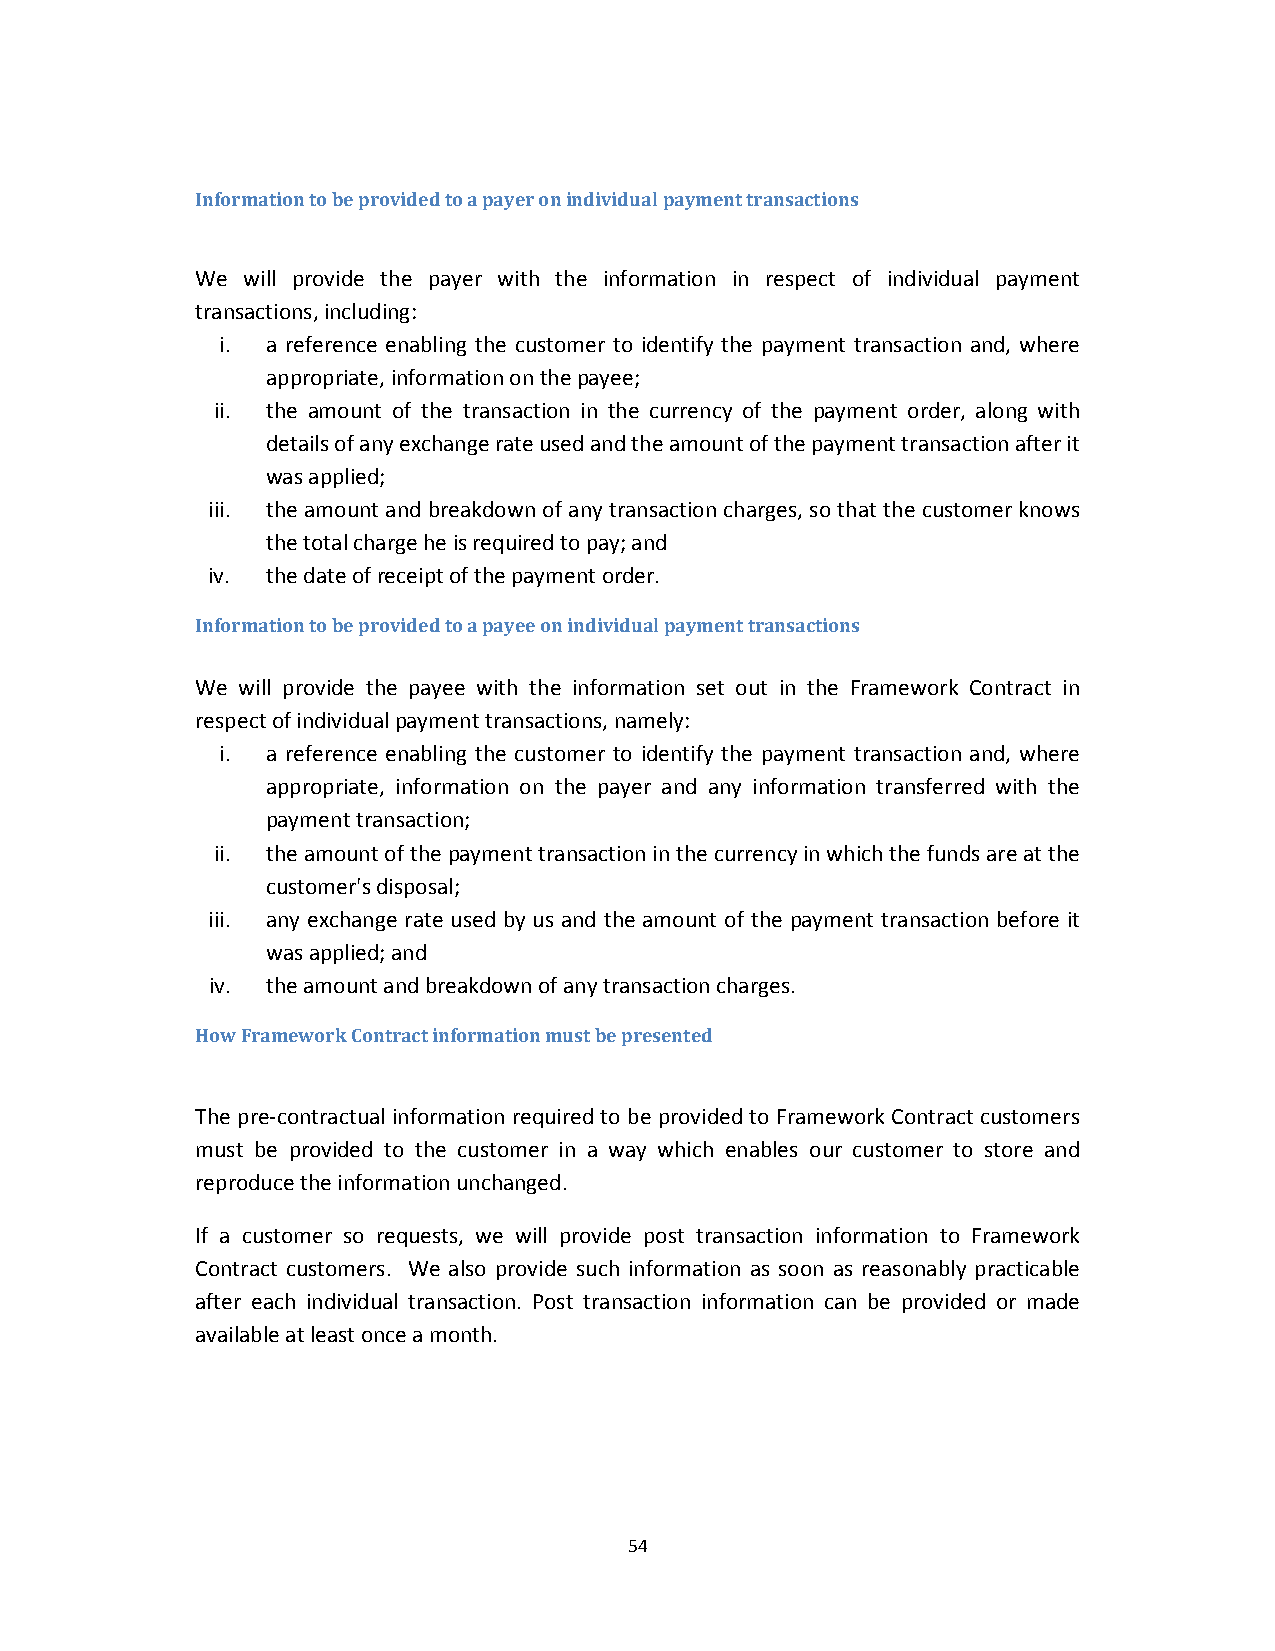
Information to be provided to a payer on individual payment transactions
 We will provide the payer with the information in respect of individual payment
 transactions, including:
 i. a reference enabling the customer to identify the payment transaction and, where
 appropriate, information on the payee;
 ii. the amount of the transaction in the currency of the payment order, along with
 details of any exchange rate used and the amount of the payment transaction after it
 was applied;
 iii. the amount and breakdown of any transaction charges, so that the customer knows
 the total charge he is required to pay; and
 iv. the date of receipt of the payment order.
 Information to be provided to a payee on individual payment transactions
 We will provide the payee with the information set out in the Framework Contract in
 respect of individual payment transactions, namely:
 i. a reference enabling the customer to identify the payment transaction and, where
 appropriate, information on the payer and any information transferred with the
 payment transaction;
 ii. the amount of the payment transaction in the currency in which the funds are at the
 customer's disposal;
 iii. any exchange rate used by us and the amount of the payment transaction before it
 was applied; and
 iv. the amount and breakdown of any transaction charges.
 How Framework Contract information must be presented
 The pre‐contractual information required to be provided to Framework Contract customers
 must be provided to the customer in a way which enables our customer to store and
 reproduce the information unchanged.
 If a customer so requests, we will provide post transaction information to Framework
 Contract customers. We also provide such information as soon as reasonably practicable
 after each individual transaction. Post transaction information can be provided or made
 available at least once a month.
 54